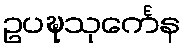
ဥပဍ္ဎသုင်္ကေန